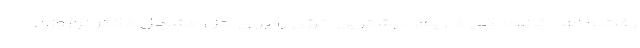
رفت و آمد خانوادگی داریم. بیشترین انرژی را برای حل مشکل دکتر نوروزی